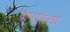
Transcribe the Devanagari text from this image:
जपायला